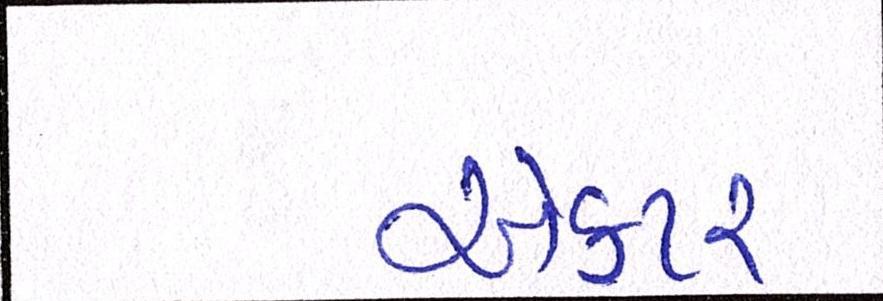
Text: ઍક્ટર